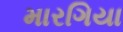
મારગિયા